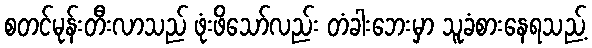
စတင်မုန်းတီးလာသည် ဖုံးဖိသော်လည်း တံခါးဘေးမှာ သူခံစားနေရသည့်